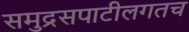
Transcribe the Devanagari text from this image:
समुद्रसपाटीलगतच